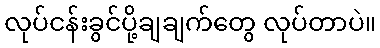
လုပ်ငန်းခွင်ပို့ချချက်တွေ လုပ်တာပဲ။